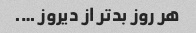
هر روز بدتر از دیروز ….